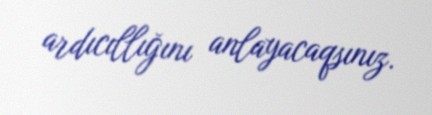
ardıcıllığını anlayacaqsınız.